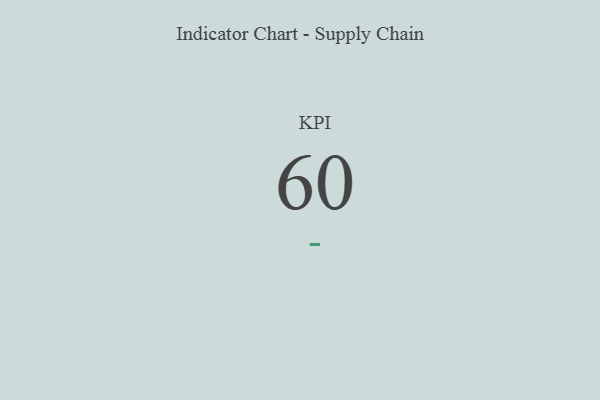
{"axis": {"x": "KPI", "y": "Value"}, "legend": [""], "data": [{"x": "KPI", "y": 60, "type": ""}]}